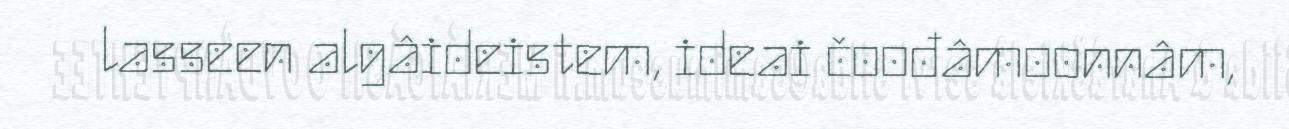
lasseen algâideistem, ideai čoođâmoonnâm,